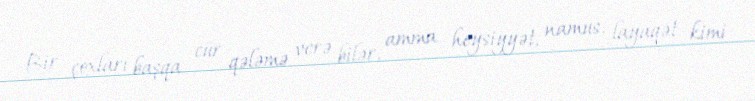
Bir çoxları başqa cür qələmə verə bilər, amma heysiyyət, namus, layaqət kimi